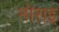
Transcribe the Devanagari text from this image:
मोराइ